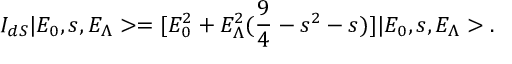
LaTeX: I _ { d S } | E _ { 0 } , s , E _ { \Lambda } > = [ E _ { 0 } ^ { 2 } + E _ { \Lambda } ^ { 2 } ( \frac { 9 } { 4 } - s ^ { 2 } - s ) ] | E _ { 0 } , s , E _ { \Lambda } > .